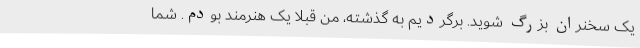
یک سخنران بزرگ شوید. برگردیم به گذشته، من قبلاً یک هنرمند بودم. شما